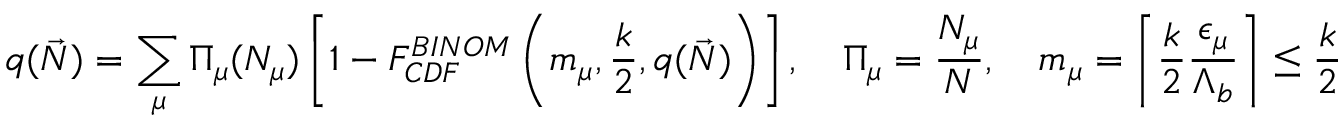
q ( \Vec { N } ) = \sum _ { \mu } { \Pi } _ { \mu } ( N _ { \mu } ) \left[ 1 - F _ { C D F } ^ { B I N O M } \left( m _ { \mu } , \frac { k } { 2 } , q ( \vec { N } ) \right) \right] , \quad { \Pi } _ { \mu } = \frac { N _ { \mu } } { N } , \quad m _ { \mu } = \left\lceil { \frac { k } { 2 } \frac { { \epsilon } _ { \mu } } { { \Lambda } _ { b } } } \right\rceil \leq \frac { k } { 2 }